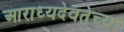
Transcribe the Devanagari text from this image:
आराध्यदेवतेच्या